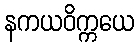
နကယဝိက္ကယေ